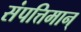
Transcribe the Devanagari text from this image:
संपत्तिमान्‌